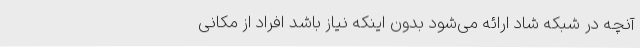
آنچه در شبکه شاد ارائه می‌شود بدون اینکه نیاز باشد افراد از مکانی